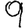
Digit: 9